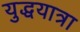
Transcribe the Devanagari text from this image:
युद्धयात्रा